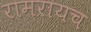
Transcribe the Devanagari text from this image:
रामरायच